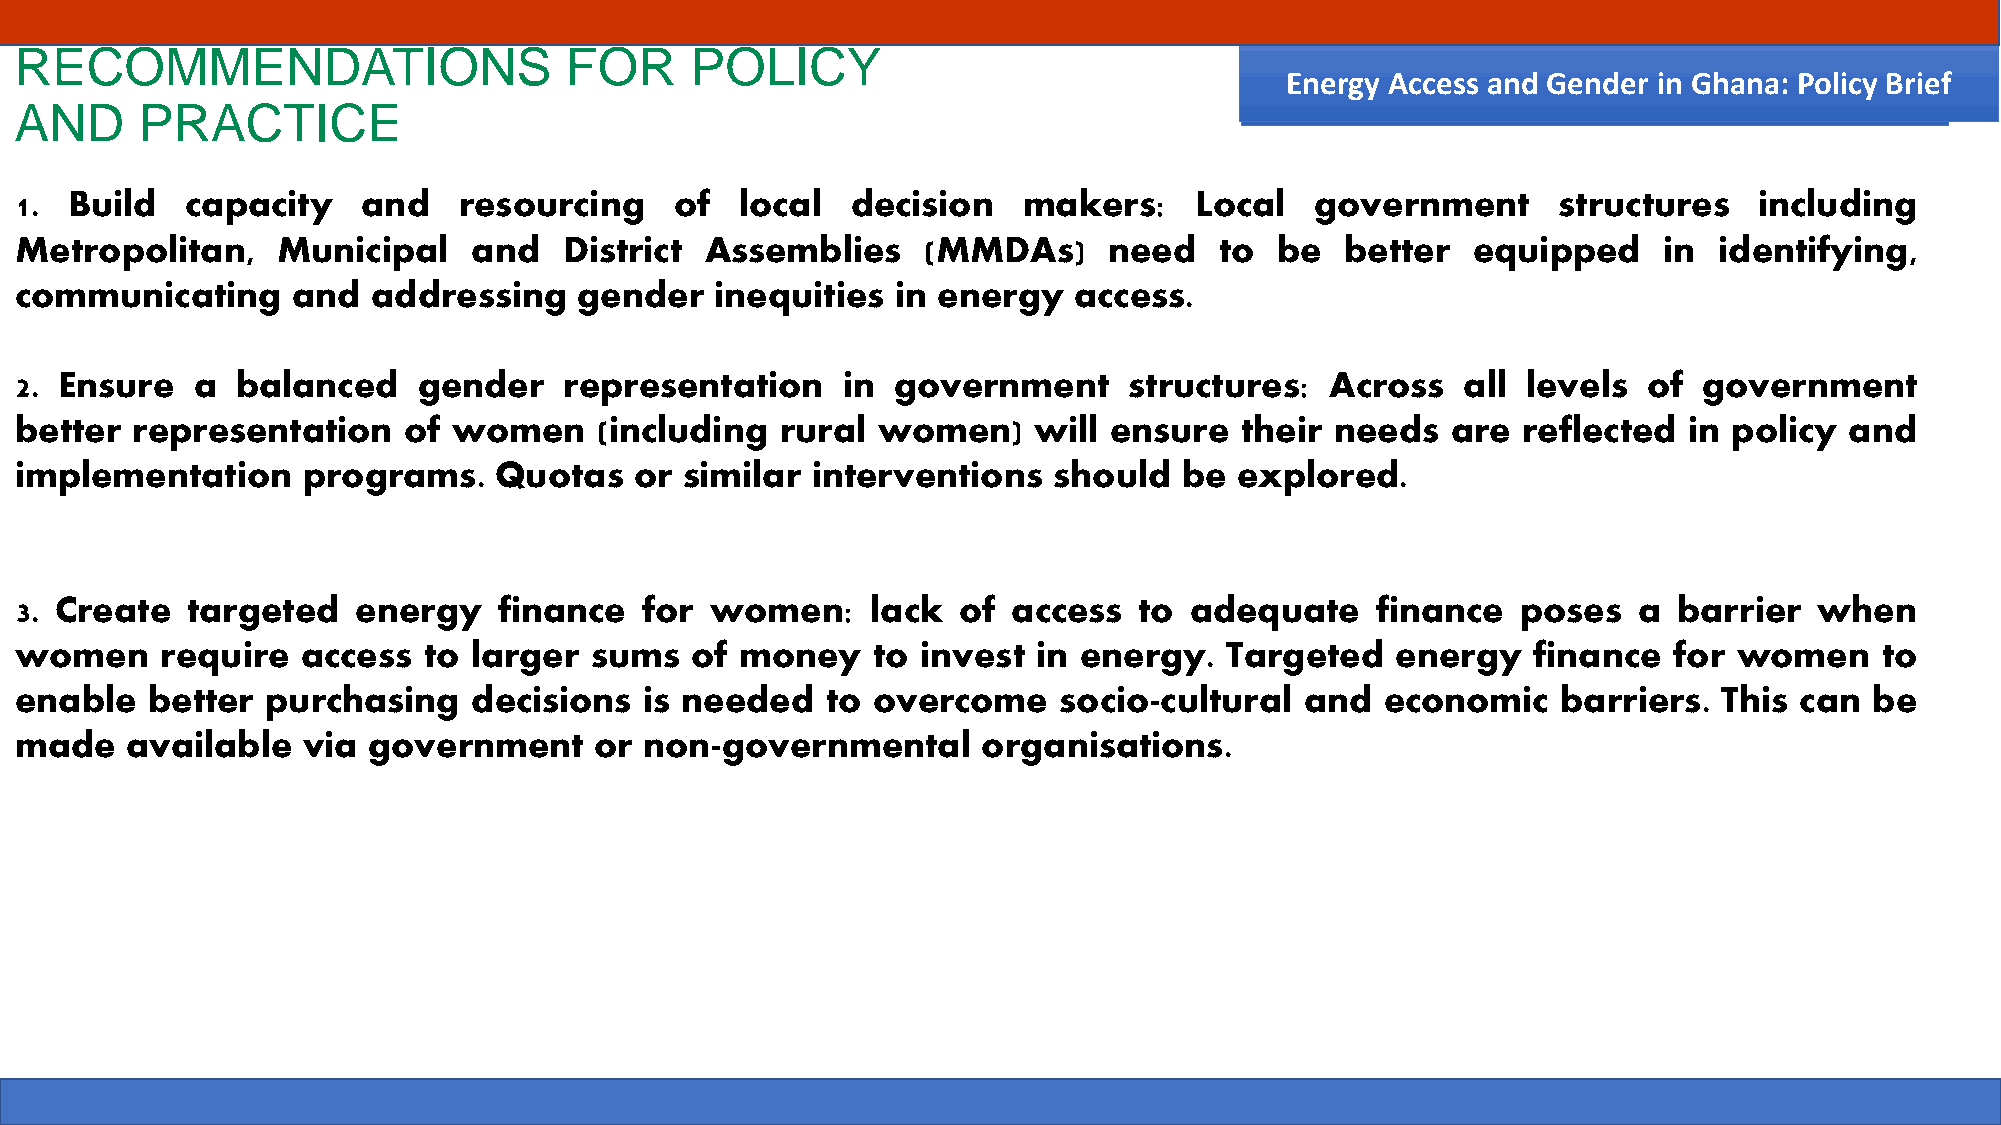
RECOMMENDATIONS                     FOR      POLICY
 EnEenregryg Ay cAccecsess asn adn dG eGnednedre irn i nG hGahnaan:a P: oPloiclyic By rBierife f
 AND     PRACTICE
 1. Build   capacity    and   resourcing     of  local  decision    makers:    Local   government      structures   including
 Metropolitan,    Municipal    and   District  Assemblies    (MMDAs)     need    to be   better  equipped     in  identifying,
 communicating     and   addressing   gender   inequities  in energy   access.
 2. Ensure   a  balanced    gender   representation     in government      structures:  Across   all levels  of  government
 better  representation    of women     (including  rural women)    will ensure   their needs   are  reflected  in policy and
 implementation     programs.    Quotas   or similar  interventions   should  be  explored.
 3. Create  targeted    energy   finance  for  women:     lack of  access  to  adequate    finance   poses  a  barrier  when
 women     require  access  to larger  sums   of money    to invest  in energy.  Targeted   energy   finance   for women     to
 enable   better  purchasing   decisions   is needed   to overcome    socio-cultural  and   economic   barriers.  This can  be
 made   available   via government     or  non-governmental      organisations.
 26-07-2021                                         GCCA+  AO                                                        12